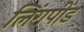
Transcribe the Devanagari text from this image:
लिंगपींड